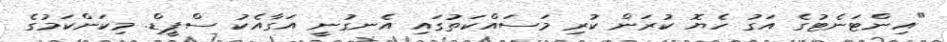
"އިންޓަނެޓުގެ އަގު ހެޔޮ ކުރަން ކުރި މަސައްކަތުގައި އެނގުނީ އަގާއެކު ސްޕީޑް. މިކަންކަމުގެ